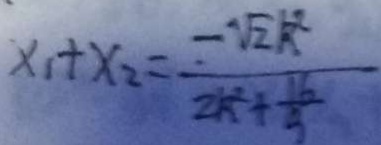
x _ { 1 } + x _ { 2 } = \frac { - \sqrt { 2 } k ^ { 2 } } { 2 \sqrt { k } + \frac { 1 6 } { 9 } }